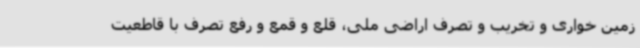
زمین خواری و تخریب و تصرف اراضی ملی، قلع و قمع و رفع تصرف با قاطعیت